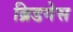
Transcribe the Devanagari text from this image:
ब्रिडगेस